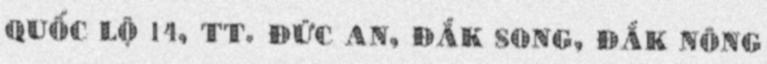
QUỐC LỘ 14, TT. ĐỨC AN, ĐẮK SONG, ĐẮK NÔNG